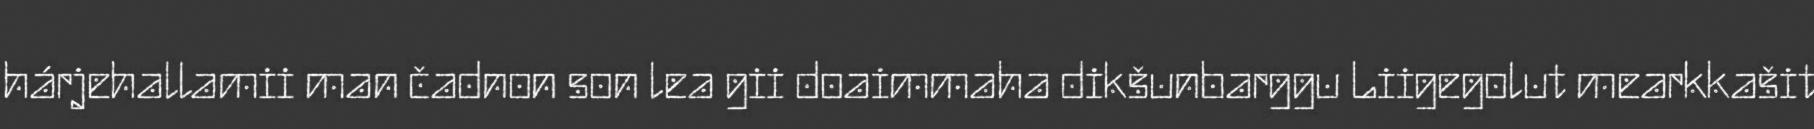
hárjehallamii man čadnon son lea gii doaimmaha dikšunbarggu Liigegolut mearkkašit